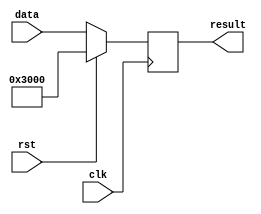
module pc (clk,rst,data,result);
	input	clk;
	input	rst;
	input	[31:0]	data;
	output	reg	[31:0]	result;

	always @(negedge clk)
	begin
		if(rst)				//??
			result[31:0] <= {32'h0000_3000};
		else
			result <= data;
	end
endmodule